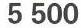
5 500